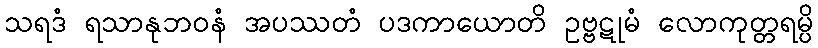
သရဒံ ရသာနုဘဝနံ အပဿတံ ပဒကာယောတိ ဥဗ္ဗဋုမံ လောကုတ္တရမ္ပိ